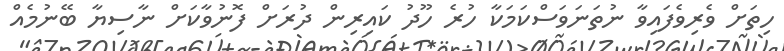
ހިތަށް ވެރިވެފައިވާ ނުތަނަވަސްކަމަކާ ހުރެ ހޫދު ކައިރިން ދުރަށް ފޮނުވާކަށް ނާސިޔާ ބޭނުމެއް